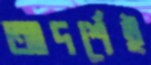
আদর্শেই